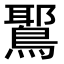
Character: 𫛉